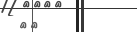
٣١